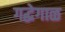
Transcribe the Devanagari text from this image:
गद्धेगाळ